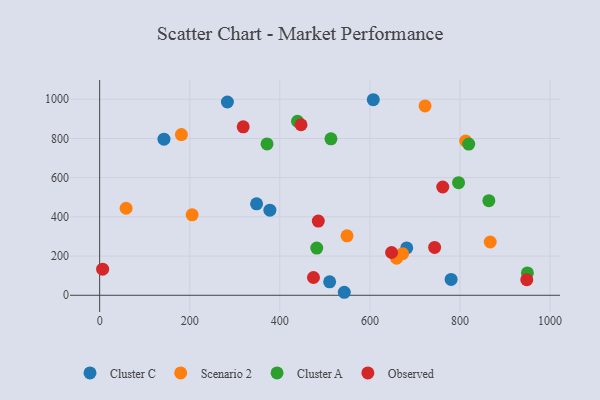
{"axis": {"x": "Price", "y": "Salary"}, "legend": ["Cluster A", "Cluster C", "Observed", "Scenario 2"], "data": [{"x": "348.4", "y": 466.6, "type": "Cluster C"}, {"x": "681.7", "y": 241.4, "type": "Cluster C"}, {"x": "543.1", "y": 15.3, "type": "Cluster C"}, {"x": "283.6", "y": 986.1, "type": "Cluster C"}, {"x": "780.3", "y": 80.7, "type": "Cluster C"}, {"x": "142.8", "y": 796.4, "type": "Cluster C"}, {"x": "607.5", "y": 997.8, "type": "Cluster C"}, {"x": "510.6", "y": 68.5, "type": "Cluster C"}, {"x": "377.9", "y": 434.1, "type": "Cluster C"}, {"x": "58.7", "y": 444.1, "type": "Scenario 2"}, {"x": "722.4", "y": 966.1, "type": "Scenario 2"}, {"x": "549.2", "y": 303.3, "type": "Scenario 2"}, {"x": "659.2", "y": 189.5, "type": "Scenario 2"}, {"x": "867.1", "y": 271.9, "type": "Scenario 2"}, {"x": "181.5", "y": 819.8, "type": "Scenario 2"}, {"x": "812.6", "y": 787.2, "type": "Scenario 2"}, {"x": "672.5", "y": 212.1, "type": "Scenario 2"}, {"x": "205.3", "y": 410.5, "type": "Scenario 2"}, {"x": "439.3", "y": 887.9, "type": "Cluster A"}, {"x": "371.6", "y": 772.3, "type": "Cluster A"}, {"x": "482.0", "y": 240.7, "type": "Cluster A"}, {"x": "796.8", "y": 574.5, "type": "Cluster A"}, {"x": "949.6", "y": 114.2, "type": "Cluster A"}, {"x": "513.5", "y": 798.1, "type": "Cluster A"}, {"x": "819.4", "y": 771.7, "type": "Cluster A"}, {"x": "864.1", "y": 482.5, "type": "Cluster A"}, {"x": "648.1", "y": 218.3, "type": "Observed"}, {"x": "474.7", "y": 90.6, "type": "Observed"}, {"x": "743.7", "y": 244.2, "type": "Observed"}, {"x": "485.4", "y": 378.4, "type": "Observed"}, {"x": "447.1", "y": 870.2, "type": "Observed"}, {"x": "761.7", "y": 552.5, "type": "Observed"}, {"x": "6.6", "y": 133.1, "type": "Observed"}, {"x": "318.7", "y": 859.3, "type": "Observed"}, {"x": "948.3", "y": 79.8, "type": "Observed"}]}